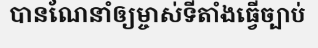
បានណែនាំឲ្យម្ចាស់ទីតាំងធ្វើច្បាប់